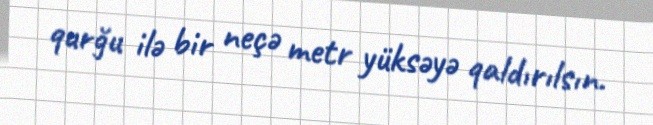
qurğu ilə bir neçə metr yüksəyə qaldırılsın.